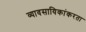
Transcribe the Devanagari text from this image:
व्यावसायिकांकरता